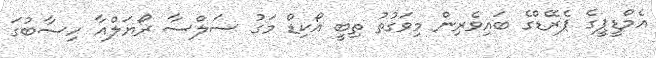
އެމްޑީޕީގެ ޕެރޭޑްގެ ބައިވެރިން މިވަގުތު ތިބީ އޯކިޑް މަގު ސަލްސާ ރޯޔަލްއާ ހިސާބުގަ